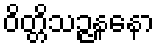
ဝိတ္တိသဉ္ဇနနော